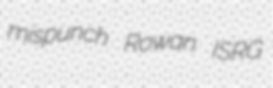
mispunch Rowan ISRG